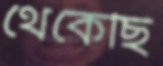
থেকেছি